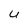
Character: u